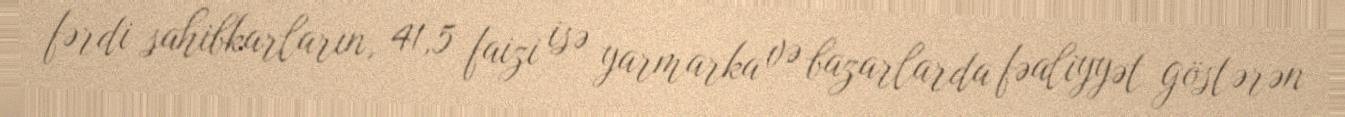
fərdi sahibkarların, 41,5 faizi isə yarmarka və bazarlarda fəaliyyət göstərən